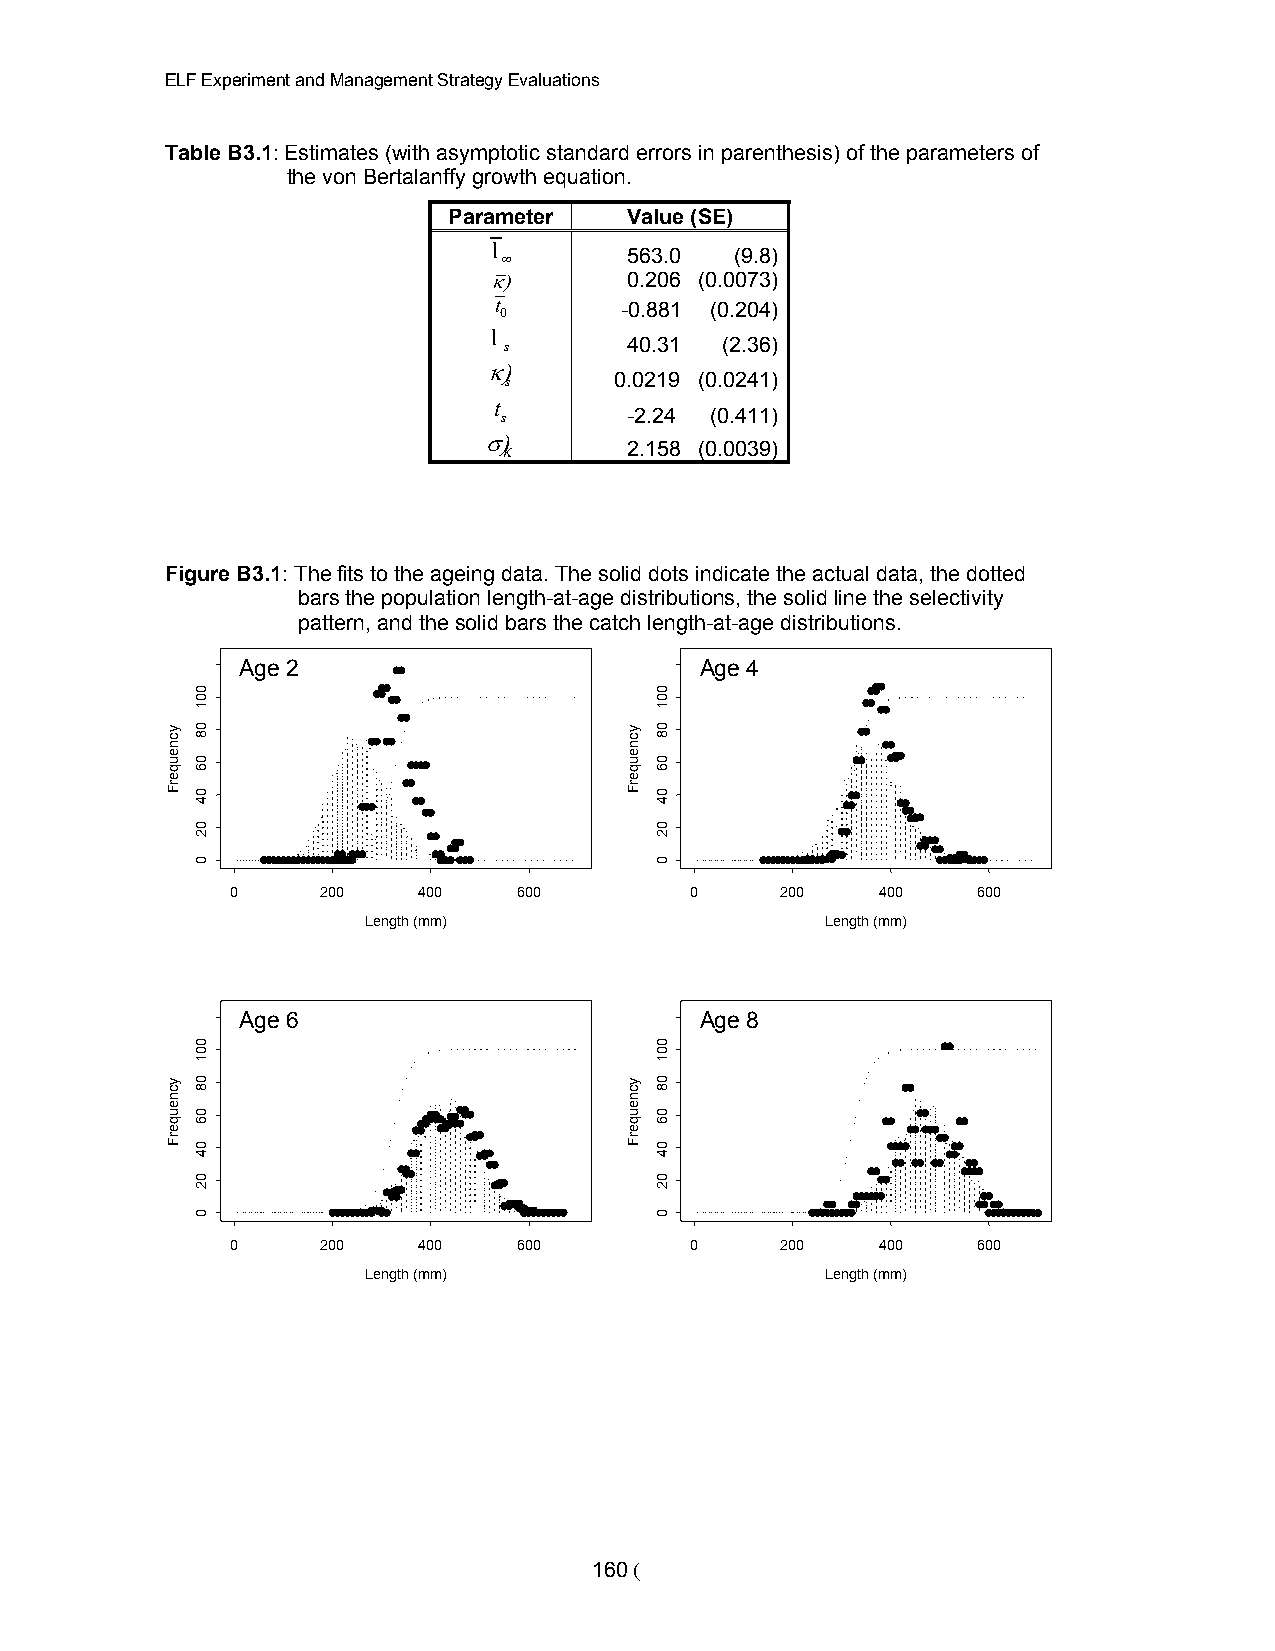
ELF Experiment and Management Strategy Evaluations
 Table B3.1: Estimates (with asymptotic standard errors in parenthesis) of the parameters of
 the von Bertalanffy growth equation.
 Parameter   Value (SE)
 l
 563.0  (9.8)
 <
 2        0.206 (0.0073)
 t 0     -0.881 (0.204)
 l
 s        40.31 (2.36)
 2
 s       0.0219 (0.0241)
 t
 s        -2.24 (0.411)
 6
 2.158 (0.0039)
 K
 Figure B3.1: The fits to the ageing data. The solid dots indicate the actual data, the dotted
 bars the population length-at-age distributions, the solid line the selectivity
 pattern, and the solid bars the catch length-at-age distributions.
 Age 2                         Age 4
 0     200    400   600         0     200   400    600
 Length (mm)                    Length (mm)
 Age 6                         Age 8
 0     200    400   600         0     200   400    600
 Length (mm)                    Length (mm)
 160 (
 ycneuqerF
 ycneuqerF
 001
 08
 06
 04
 02
 0
 001
 08
 06
 04
 02
 0
 ycneuqerF
 ycneuqerF
 001
 08
 06
 04
 02
 0
 001
 08
 06
 04
 02
 0